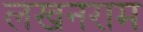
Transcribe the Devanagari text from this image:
लखनराम